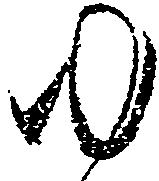
ゆ